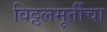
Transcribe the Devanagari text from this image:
विठ्ठलमूर्तीचा